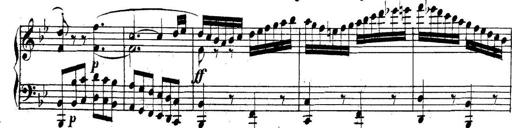
Title: Collected Piano Sonatas
Composer: Muzio Clementi